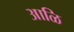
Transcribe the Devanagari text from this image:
आळि